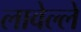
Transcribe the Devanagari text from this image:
लावेल्ले